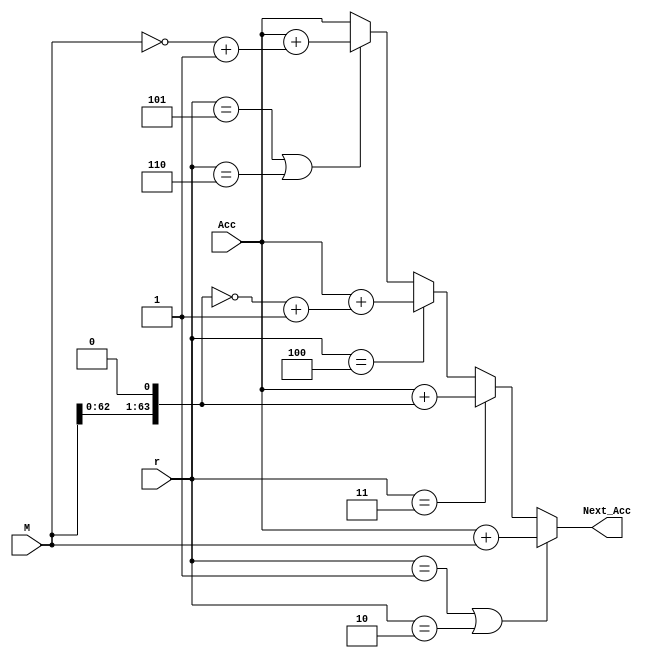
`timescale 1ns / 1ps
//////////////////////////////////////////////////////////////////////////////////
// Company: 
// Engineer: 
// 
// Design Name: 
// Module Name: jhbjhb
// Project Name: 
// Target Devices: 
// Tool Versions: 
// Description: 
// 
// Dependencies: 
// 
// Revision:
// Revision 0.01 - File Created
// Additional Comments:
// 
//////////////////////////////////////////////////////////////////////////////////


module Sum(Acc,M,r,Next_Acc);
input [63:0] Acc;
input [63:0] M;
input [2:0] r;
output [63:0] Next_Acc;
wire [63:0] sum;
assign sum = (r == 3'b001 || r == 3'b010) ? Acc+M :
             (r == 3'b011) ? Acc+(M<<1) : // {M,1b0};
             (r == 3'b100) ? Acc+(~(M<<1)+1'b1) :
             (r == 3'b101 || r == 3'b110) ? Acc+(~M+1'b1) : Acc;
assign Next_Acc = sum;
endmodule